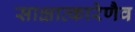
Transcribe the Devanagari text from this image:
साक्षात्कारेणैव